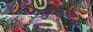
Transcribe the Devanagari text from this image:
उख्रुलला